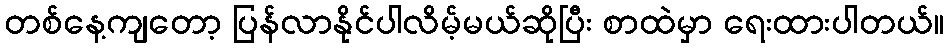
တစ်နေ့ကျတော့ ပြန်လာနိုင်ပါလိမ့်မယ်ဆိုပြီး စာထဲမှာ ရေးထားပါတယ်။